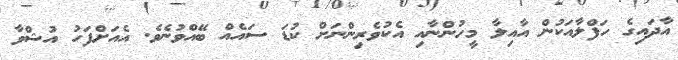
އާދައިގެ ހަފްލާއަކުން އާއިލާ މީހުންނާއި އެކުވެރިންނަށް ކުޑަ ސައެއް ބޭއްވުނެވެ. އެއަށްފަހު އުޝްވާ